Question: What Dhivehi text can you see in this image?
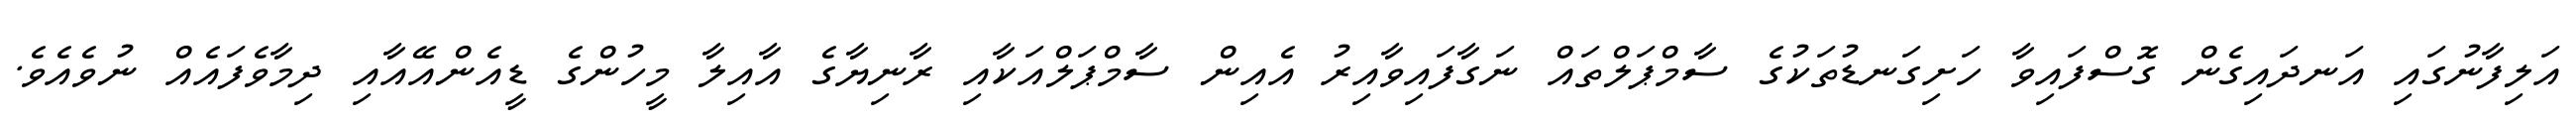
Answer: އަލިފާނުގައި އަނދައިގެން ގޮސްފައިވާ ހަށިގަނޑުތަކުގެ ސާމްޕަލްތައް ނަގާފައިވާއިރު އެއިން ސާމްޕަލްއަކާއި ރާނިޔާގެ އާއިލާ މީހުންގެ ޑީއެންއޭއާއި ދިމާވެފައެއް ނުވެއެވެ.